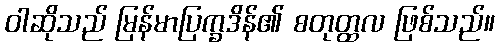
ဝါဆိုသည် မြန်မာပြက္ခဒိန်၏ စတုတ္ထလ ဖြစ်သည်။